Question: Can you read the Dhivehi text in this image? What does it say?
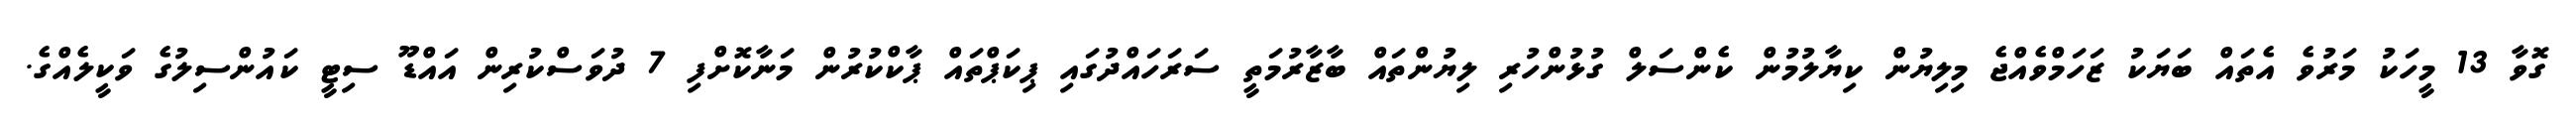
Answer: ގޮވާ 13 މީހަކު މަރުވެ އެތައް ބަޔަކު ޒަހަމްވެއްޖެ މިލިޔުން ކިޔާލުމުން ކެންސަލް ގުޅުންހުރި ލިޔުންތައް ބާޒާރުމަތީ ސަރަހައްދުގައި ޕިކަޕްތައް ޕާކްކުރުން މަނާކޮށްފި 7 ދުވަސްކުރިން އައްޑޫ ސިޓީ ކައުންސިލުގެ ވަކީލެއްގެ.